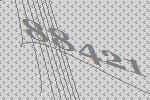
88421